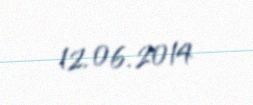
12.06.2014